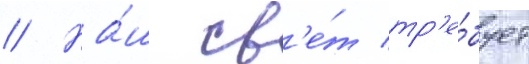
// На́ш св'е́т тр'е́бует